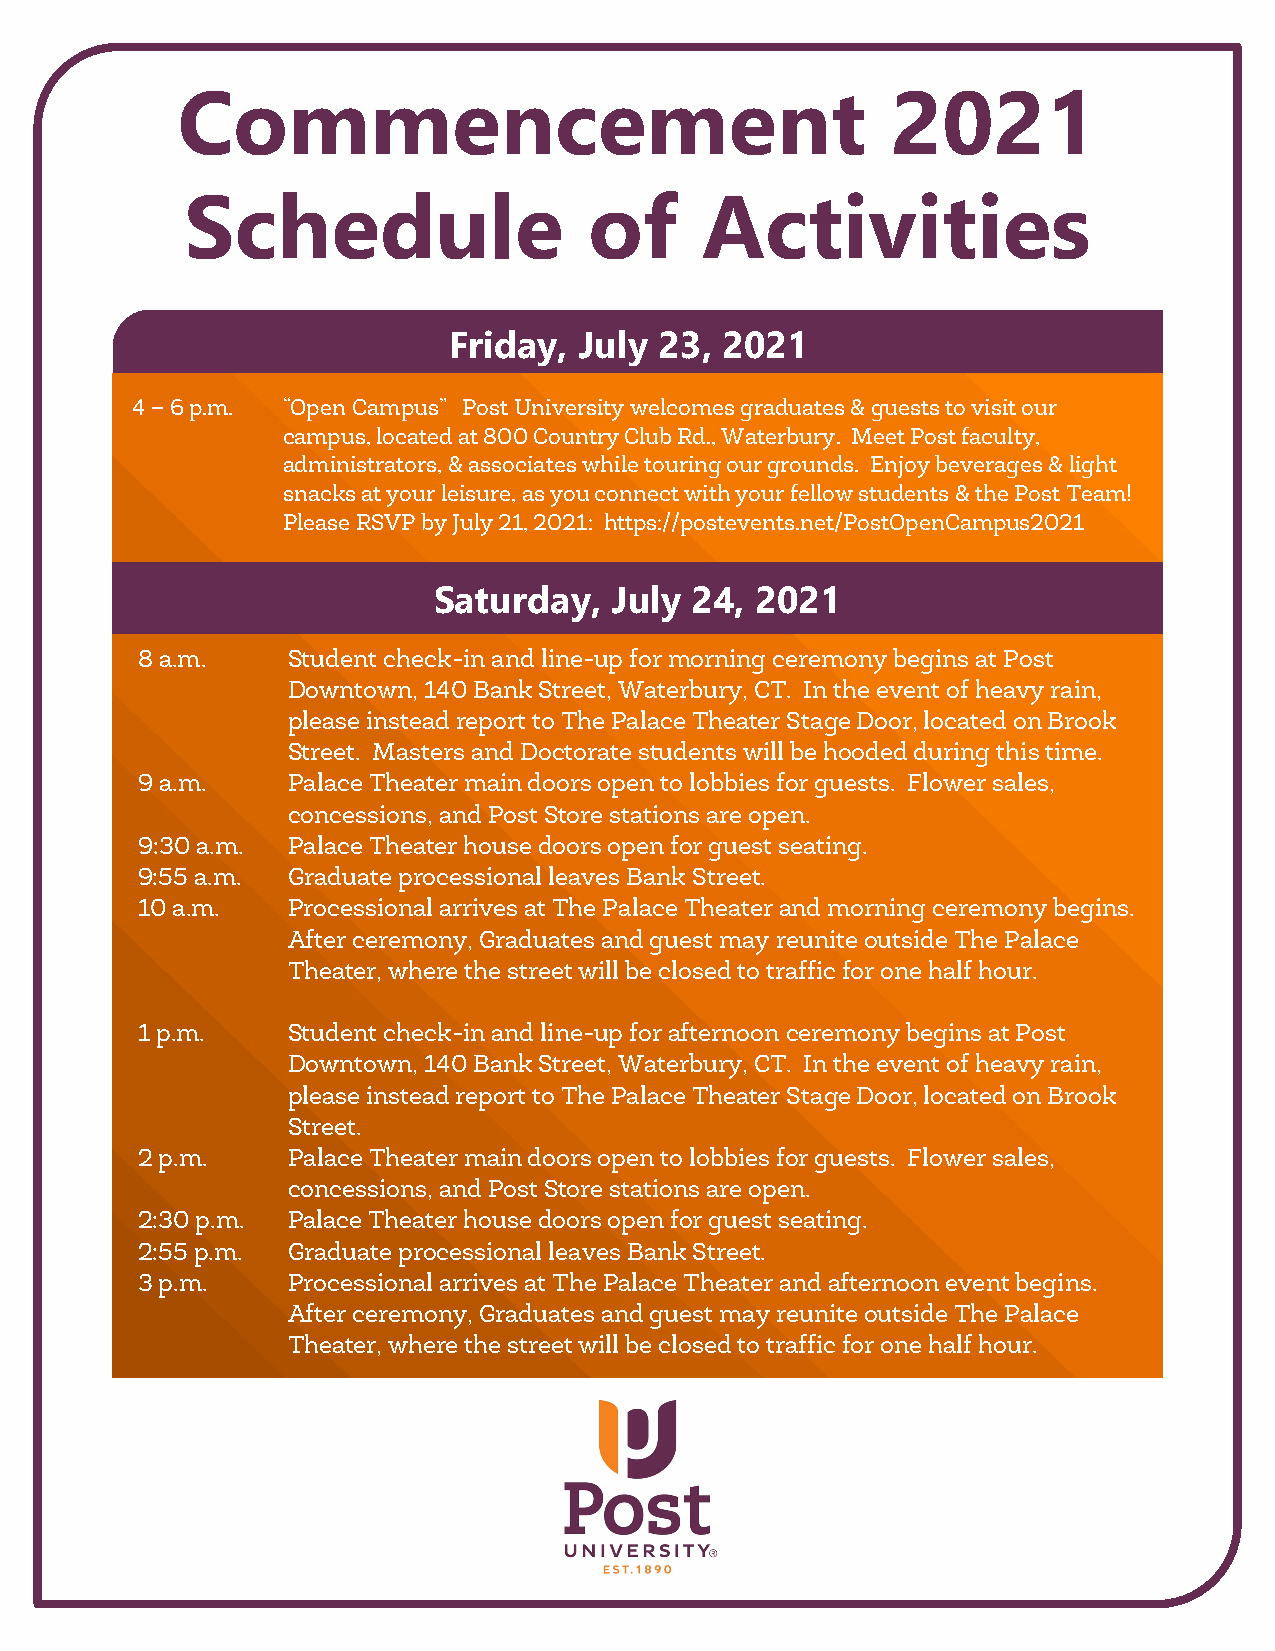
Commencement                                   2021
 Schedule                   of     Activities
 Friday, July  23, 2021
 4 – 6 p.m. “Open Campus” Post University welcomes graduates & guests to visit our
 campus, located at 800 Country Club Rd., Waterbury. Meet Post faculty,
 administrators, & associates while touring our grounds. Enjoy beverages & light
 snacks at your leisure, as you connect with your fellow students & the Post Team!
 Please RSVP by July 21, 2021: https://postevents.net/PostOpenCampus2021
 Saturday,  July  24, 2021
 8 a.m.    Student check-in and line-up for morning ceremony begins at Post
 Downtown, 140 Bank Street, Waterbury, CT. In the event of heavy rain,
 please instead report to The Palace Theater Stage Door, located on Brook
 Street. Masters and Doctorate students will be hooded during this time.
 9 a.m.    Palace Theater main doors open to lobbies for guests. Flower sales,
 concessions, and Post Store stations are open.
 9:30 a.m. Palace Theater house doors open for guest seating.
 9:55 a.m. Graduate processional leaves Bank Street.
 10 a.m.   Processional arrives at The Palace Theater and morning ceremony begins.
 After ceremony, Graduates and guest may reunite outside The Palace
 Theater, where the street will be closed to traffic for one half hour.
 1 p.m.    Student check-in and line-up for afternoon ceremony begins at Post
 Downtown, 140 Bank Street, Waterbury, CT. In the event of heavy rain,
 please instead report to The Palace Theater Stage Door, located on Brook
 Street.
 2 p.m.    Palace Theater main doors open to lobbies for guests. Flower sales,
 concessions, and Post Store stations are open.
 2:30 p.m. Palace Theater house doors open for guest seating.
 2:55 p.m. Graduate processional leaves Bank Street.
 3 p.m.    Processional arrives at The Palace Theater and afternoon event begins.
 After ceremony, Graduates and guest may reunite outside The Palace
 Theater, where the street will be closed to traffic for one half hour.